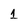
Character: 1